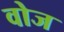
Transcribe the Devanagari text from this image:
वोज